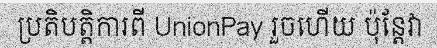
ប្រតិបត្តិការពី UnionPay រួចហើយ ប៉ុន្តែវា